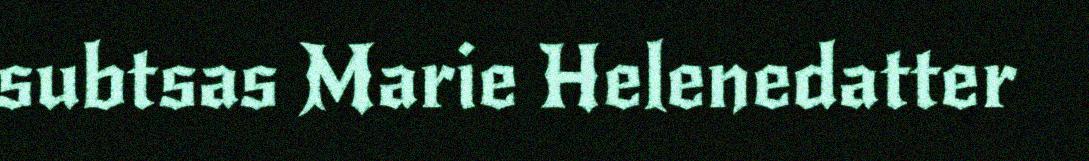
subtsas Marie Helenedatter